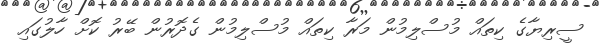
ސީރިޔާގެ ކިތައް މުސްލިމުން މަރާ ކިތައް މުސްލިމުން ގެދޮރުން ބޭރު ކޮށް ހާލުގައި